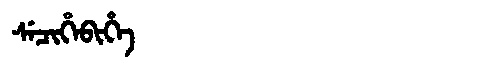
Manchu: ᠰᡝᠴᡳᡥᡝᠪᡳᡥᡝ
Romanization: SECIHEBIHE